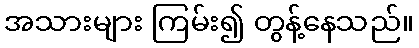
အသားများ ကြမ်း၍ တွန့်နေသည်။